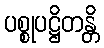
ပစ္စုပဋ္ဌိတန္တိ